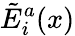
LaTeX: {\tilde{E}}_{i}^{a}(x)